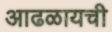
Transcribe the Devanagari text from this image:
आढळायची